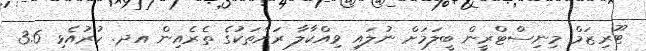
ޓޫރިޒަމް މިނިސްޓްރީން ބީލަމަށް ނުލައި ވިއްކާލާ ރަށްތަކުގެ ތެރެއިން އދ. ހުރުއެޅި 3.6